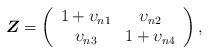
LaTeX: \begin{align*}\boldsymbol{Z} = \left(\begin{array}{cc} 1+\upsilon_{n1} & \upsilon_{n2} \\ \upsilon_{n3} & 1+\upsilon_{n4} \end{array}\right),\end{align*}